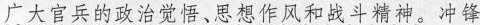
广大官兵的政治觉悟、思想作风和战斗精神。冲锋